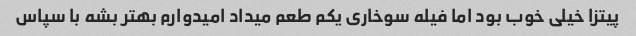
پیتزا خیلی خوب بود اما فیله سوخاری یکم طعم میداد امیدوارم بهتر بشه با سپاس